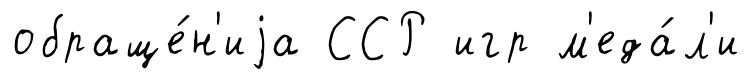
обраще́н'иjа ССР игр м'еда́л'и